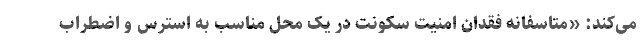
می‌کند: «متاسفانه فقدان امنیت سکونت در یک محل مناسب به استرس و اضطراب